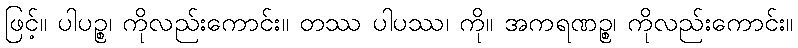
ဖြင့်။ ပါပဉ္စ၊ ကိုလည်းကောင်း။ တဿ ပါပဿ၊ ကို။ အကရဏဉ္စ၊ ကိုလည်းကောင်း။